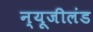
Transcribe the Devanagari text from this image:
न्यूजीलंड